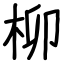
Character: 柳